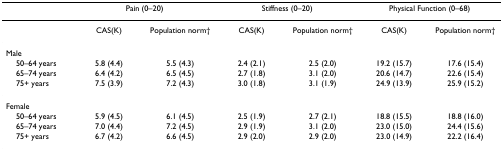
<table><thead><tr><td></td><td colspan="2"><b>Pain (0–20)</b></td><td colspan="2"><b>Stiffness (0–20)</b></td><td colspan="2"><b>Physical Function (0–68)</b></td></tr></thead><tbody><tr><td></td><td>CAS(K)</td><td>Population norm†</td><td>CAS(K)</td><td>Population norm†</td><td>CAS(K)</td><td>Population norm†</td></tr><tr><td>Male</td><td></td><td></td><td></td><td></td><td></td><td></td></tr><tr><td> 50–64 years</td><td>5.8 (4.4)</td><td>5.5 (4.3)</td><td>2.4 (2.1)</td><td>2.5 (2.0)</td><td>19.2 (15.7)</td><td>17.6 (15.4)</td></tr><tr><td> 65–74 years</td><td>6.4 (4.2)</td><td>6.5 (4.5)</td><td>2.7 (1.8)</td><td>3.1 (2.0)</td><td>20.6 (14.7)</td><td>22.6 (15.4)</td></tr><tr><td> 75+ years</td><td>7.5 (3.9)</td><td>7.2 (4.3)</td><td>3.0 (1.8)</td><td>3.1 (1.9)</td><td>24.9 (13.9)</td><td>25.9 (15.2)</td></tr><tr><td>Female</td><td></td><td></td><td></td><td></td><td></td><td></td></tr><tr><td> 50–64 years</td><td>5.9 (4.5)</td><td>6.1 (4.5)</td><td>2.5 (1.9)</td><td>2.7 (2.1)</td><td>18.8 (15.5)</td><td>18.8 (16.0)</td></tr><tr><td> 65–74 years</td><td>7.0 (4.4)</td><td>7.2 (4.5)</td><td>2.9 (1.9)</td><td>3.1 (2.0)</td><td>23.0 (15.0)</td><td>24.4 (15.6)</td></tr><tr><td> 75+ years</td><td>6.7 (4.2)</td><td>6.6 (4.5)</td><td>2.9 (2.0)</td><td>2.9 (2.0)</td><td>23.0 (14.9)</td><td>22.2 (16.4)</td></tr></tbody></table>